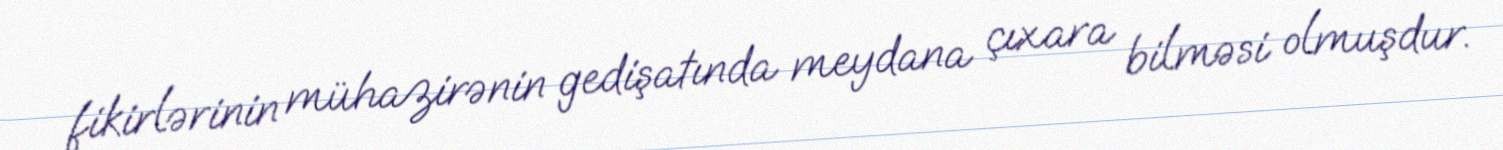
fikirlərinin mühazirənin gedişatında meydana çıxara bilməsi olmuşdur.